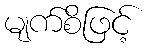
မျက်စိဖြင့်